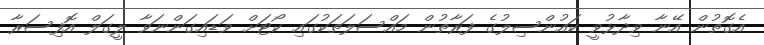
އެގޮތުން އޭނާ ވިދާޅުވީ ކައުންސިލުގެ ފަރާތުން މައްސަލަތަކުގައި ކޯޓަށް ވަޑައިގަންނަވާ ލީގަލް އޮފިސަރާ